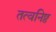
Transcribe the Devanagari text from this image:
तत्वनिष्ठ